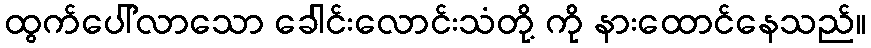
ထွက်ပေါ်လာသော ခေါင်းလောင်းသံတို့ ကို နားထောင်နေသည်။